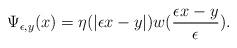
LaTeX: \begin{align*}\Psi_{\epsilon, y}(x)=\eta(\vert\epsilon x -y\vert)w(\frac{\epsilon x -y}{\epsilon}).\end{align*}